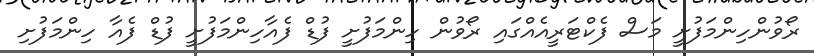
ރޯވުންހިންމަފުށީ މަސް ފެކްޓަރީއެއްގައި ރޯވުން ހިންމަފުށީ ފުޑް ފެއާހިންމަފުށީ ފުޑް ފެއާ ހިންމަފުށި